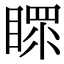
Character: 𥉀